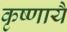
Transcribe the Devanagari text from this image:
कृष्णायै